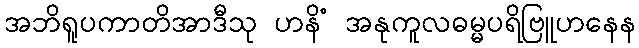
အဘိရူပကာတိအာဒီသု ဟနိံ အနုကူလဓမ္မပရိဗြူဟနေန